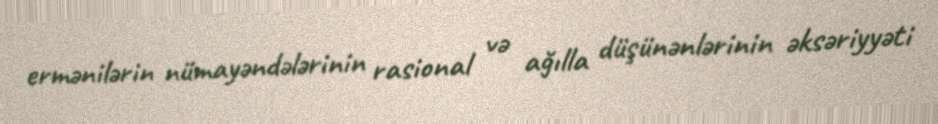
ermənilərin nümayəndələrinin rasional və ağılla düşünənlərinin əksəriyyəti